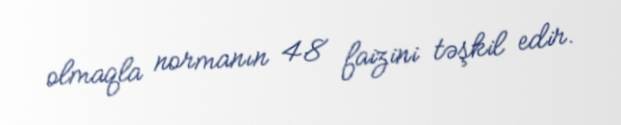
olmaqla normanın 48 faizini təşkil edir.